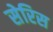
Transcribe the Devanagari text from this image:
सेरिस